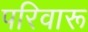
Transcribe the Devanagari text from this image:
परिवारू